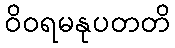
ဝိဝရမနုပတတိ